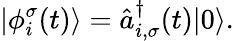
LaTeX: |\phi_{i}^{\sigma}(t)\rangle=\hat{a}_{i,\sigma}^{\dagger}(t)|0\rangle.